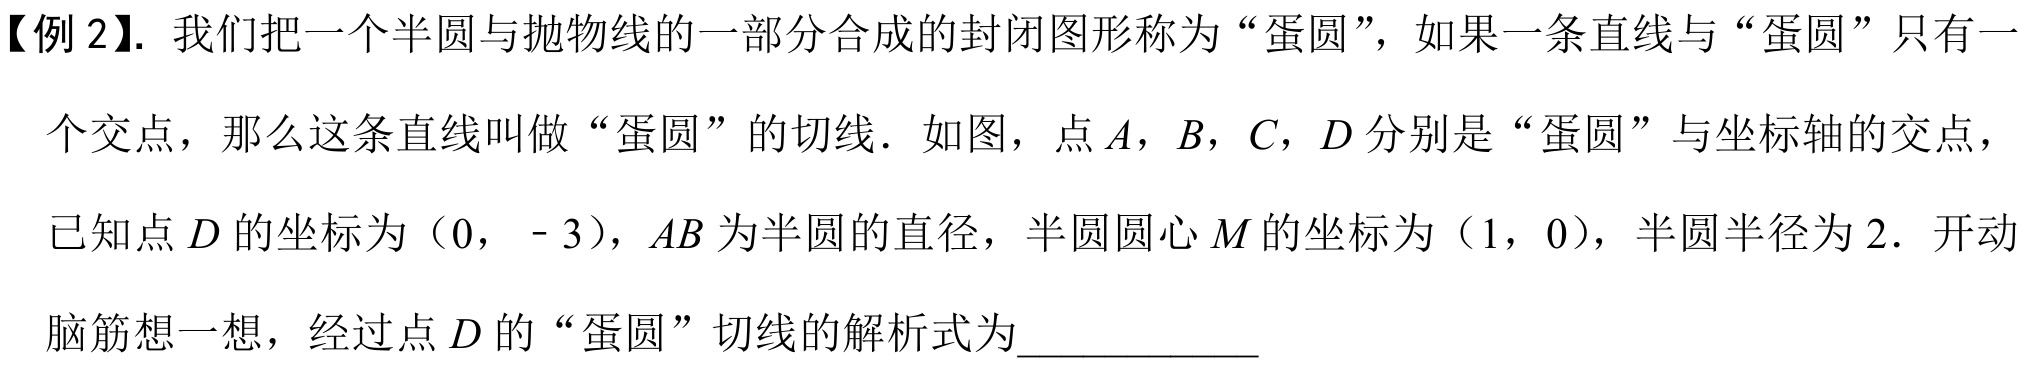
【例 2】. 我们把一个半圆与抛物线的一部分合成的封闭图形称为“蛋圆”，如果一条直线与“蛋圆”只有一
个交点，那么这条直线叫做“蛋圆”的切线．如图，点 \(A\)，\(B\)，\(C\)，\(D\) 分别是“蛋圆”与坐标轴的交点，
已知点 \(D\) 的坐标为（\(0\)，\(- 3\)），\(AB\) 为半圆的直径，半圆圆心 \(M\) 的坐标为（\(1\)，\(0\)），半圆半径为 \(2\)．开动
脑筋想一想，经过点 \(D\) 的“蛋圆”切线的解析式为\(\underline{\quad\quad}\)